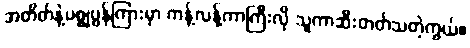
အတိတ်နဲ့ပစ္စုပ္ပန်ကြားမှာ ကန့်လန့်ကာကြီးလို သူကာဆီးတတ်သတဲ့ကွယ်။